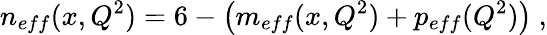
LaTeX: n_{eff}(x,Q^{2})=6-\left(m_{eff}(x,Q^{2})+p_{eff}(Q^{2})\right)\ ,